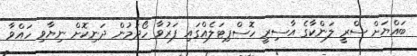
ބައްޔަށް ސްރީ ލަންކާގެ އާސިރީ ހޮސްޕިޓަލެއްގައި ފަރުވާ ހޯދަމުން ދަނިކޮށް ނިޔާވި ހައްވާ